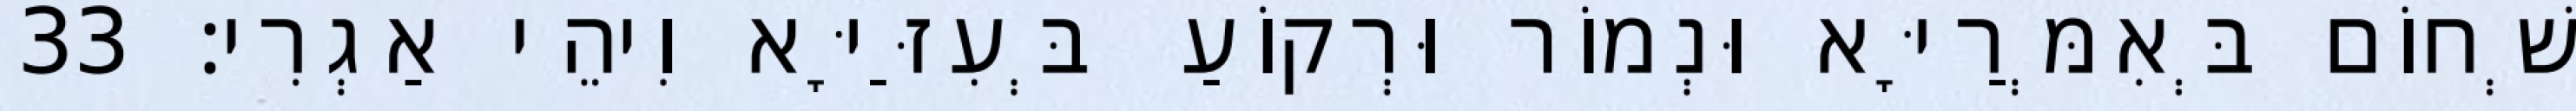
שְׁחוֹם בְּאִמְּרַיָּא וּנְמוֹר וּרְקוֹעַ בְּעִזַּיָּא וִיהֵי אַגְרִי׃ 33